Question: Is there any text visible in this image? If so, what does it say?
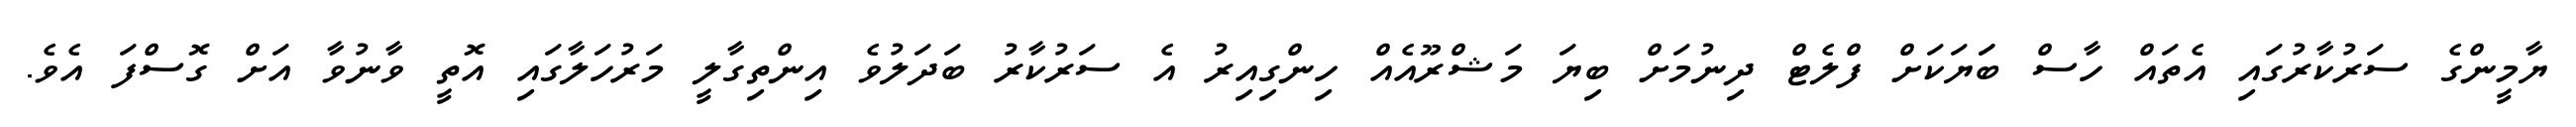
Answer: ޔާމީންގެ ސަރުކާރުގައި އެތައް ހާސް ބަަޔަކަށް ފްލެޓް ދިނުމަށް ބިޔަ މަޝްރޫއެއް ހިންގިއިރު އެ ސަރުކާރު ބަދަލުވެ އިންތިގާލީ މަރުހަލާގައި އޮތީ ވާނުވާ އަށް ގޮސްފަ އެވެ.